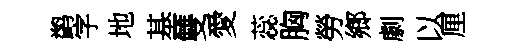
鹢字地基雙愛蕊胸勞鄉劇以厘